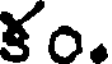
కం.